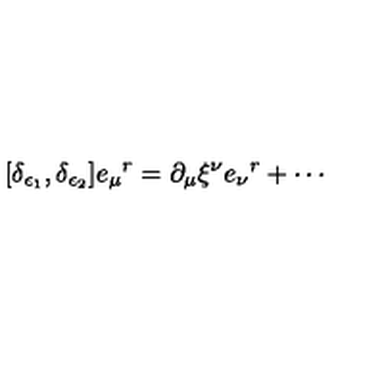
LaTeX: [ \delta _ { \epsilon _ { 1 } } , \delta _ { \epsilon _ { 2 } } ] e _ { \mu } { } ^ { r } = \partial _ { \mu } \xi ^ { \nu } e _ { \nu } { } ^ { r } + \cdots